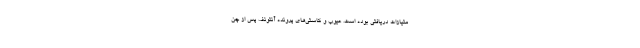
متیازات دریافتی بوده است. عیوب و کاستی‌های پرونده آنتونف پس از چن